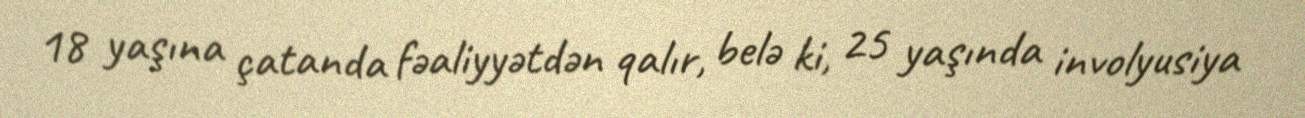
18 yaşına çatanda fəaliyyətdən qalır, belə ki, 25 yaşında involyusiya